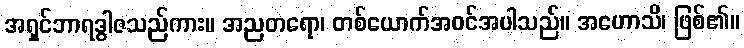
အရှင်ဘာရဒွါဇသည်ကား။ အညတရော၊ တစ်ယောက်အဝင်အပါသည်။ အဟောသိ၊ ဖြစ်၏။